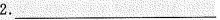
2.___